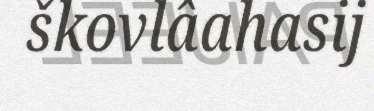
škovlâahasij